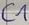
Text: C1